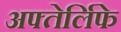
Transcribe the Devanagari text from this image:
अफ्तेर्लिफे